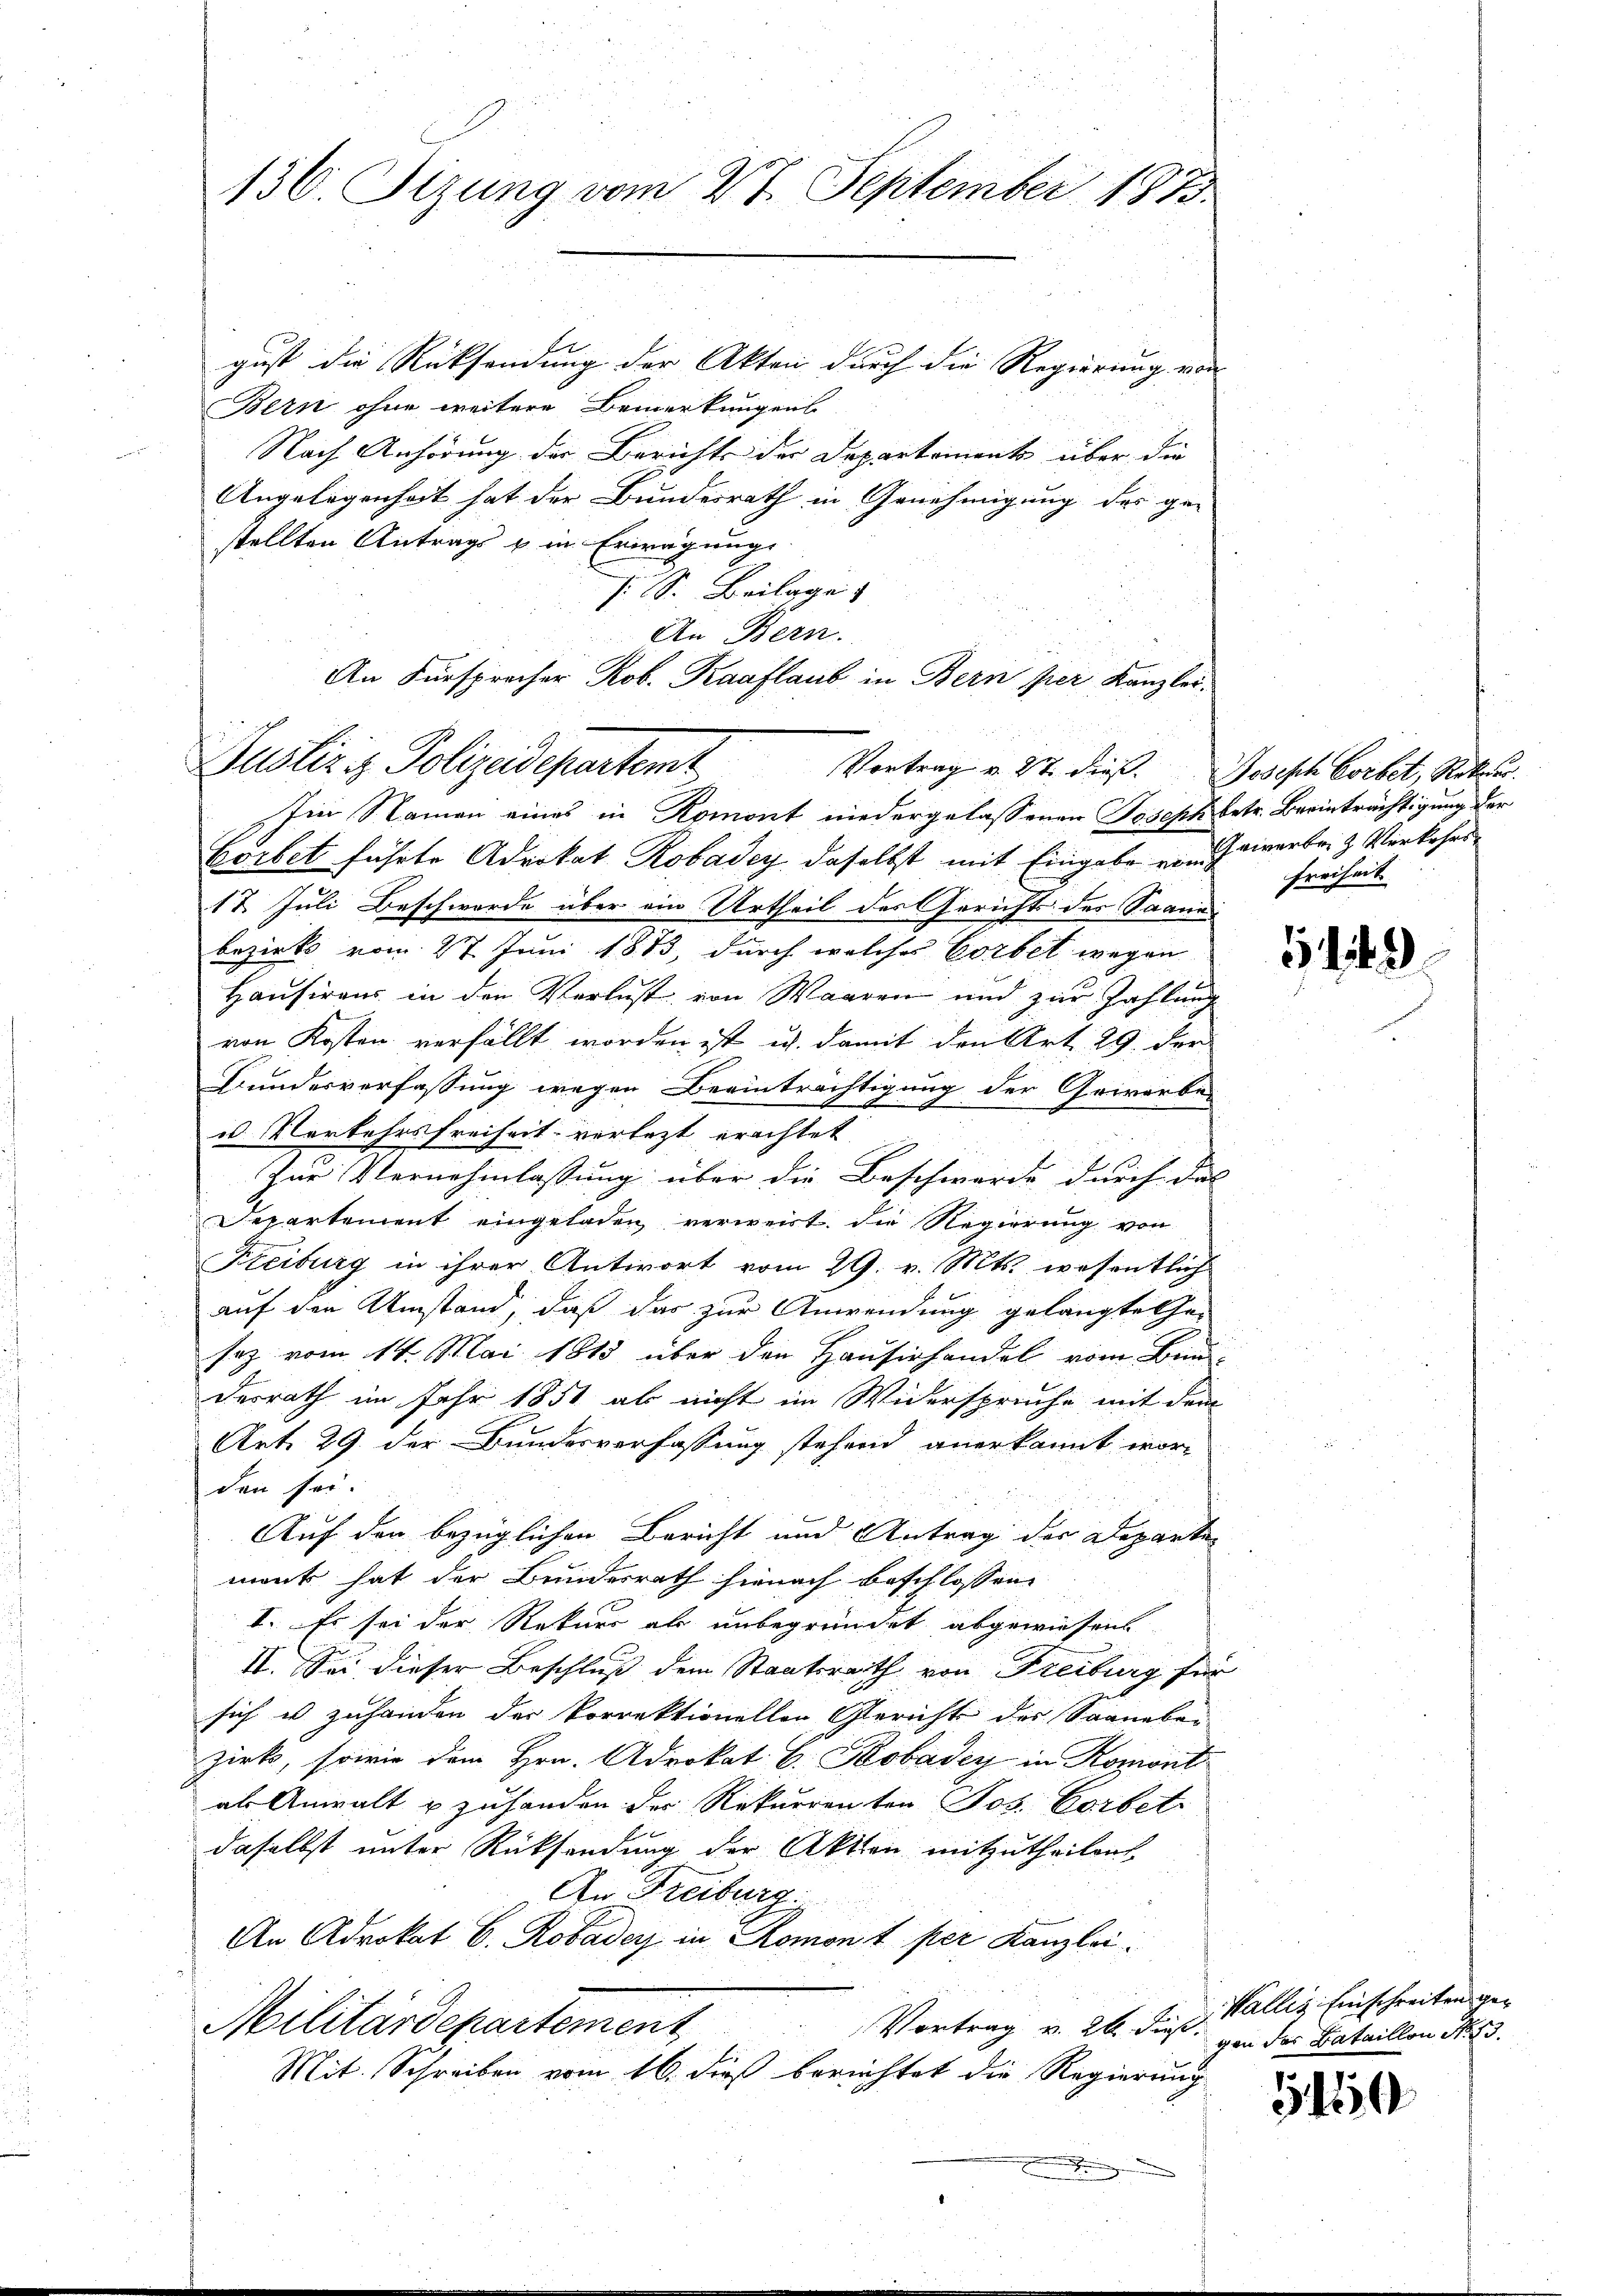
136. Sizung vom 28. September 1873.

f
gust die Rücksendung der Akten durch die Regierung von
Bern ohne weitere Bemerkungens
Nach Anhörung der Berichte der Departements über die
Angelegenheit hat der Bundesrath in Genehmigung des ge-
stellten Antrags u in Erwägung
s. S. Beilage
An Bern.
An Fürsprecher Rob. Raaflaub in Bern per Kanzlei¬

Justiziz Polizeidepartemt Vortrag v. 22. dieß. Gesisch vorbet, Ritter.

Im Namen eines in Romont niedergelassenen Joseph betr. Beeinträchtigung der
Börbet führte Advokat Robadey, daselbst mit Eingabe von diverbr. & Verkehrs
17. Juli Beschwerde über ein Urtheil des Gerichts des Saane
bezirks vom 27. Juni 1873, durch welches Vorbet wegen
Hausirens in den Verlust von Waaren und zur Zahlung
von Kosten verfällt worden ist, u. damit den Art. 29. der
Bundesverfassung wegen Beeinträchtigung der Gewerbe-
u. Vorkehrsfreiheit verletzt erachtet
Zur Vernehmlassung über die Beschwerde durch das
Departement eingeladen, verweist. Die Regierung von
Freiburg in ihrer Antwort vom 29. v. Mts. wesentlich
auf den Umstand, daß das zur Anwendung gelangte Ge-
sez vom 14. Mai 1815 über den Hausirhandel vom Bunderrath im Jahr 1851 ab nicht im Widerspruche mit dem
Art. 29. der Bundesverfassung stehend anerkannt worden sei.
Auf den bezüglichen Bericht und Antrag der Departe
mont hat der Bundesrath hienach beschlossen
I. Es sei der Rekurs als unbegründet abgewiesen
II. Sei dieser Beschluß dem Staatsreith von Freiburg für
sich u zuhanden der Vorrektionellen Gerichte des Saaneben
zirk, sowie dem Hrn. Adrokat C. Kobadey in Romont
als Anwalt u zuhanden der Rekurrenten Jos. Vorbetr
daselbst unter Rücksendung der Aktien mitzutheilen.
An Freiburg
An Advokat C. Robadery in Romont per Kanzlei
Militärdepartement
Vortrag v. 26. dieß.
Mit Schreiben vom 16. dieß berichtet die Regierung
.

Freiheit

11 43

Wallis Einschreitens gegen des Bataillon No 13.

5150